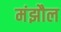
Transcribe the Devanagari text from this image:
मंझौल